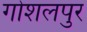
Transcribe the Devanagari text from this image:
गोशलपुर